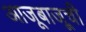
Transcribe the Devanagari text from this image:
आजूबाजू्ची